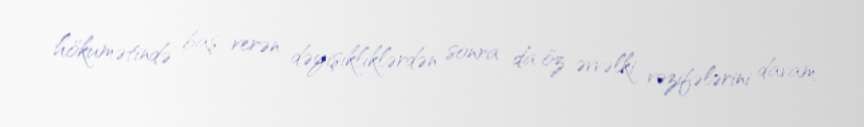
hökumətində baş verən dəyişikliklərdən sonra da öz əvvəlki vəzifələrini davam